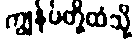
ကျွန်ုပ်တို့ထံသို့